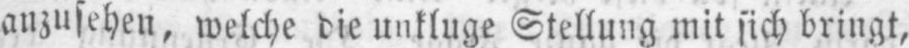
anzusehen, welche die unkluge Stellung mit sich bringt,